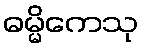
ဓမ္မိကေသု